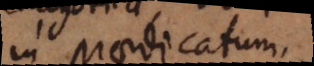
in praedicatum.